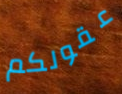
عقولكم